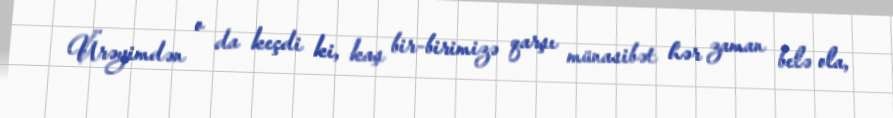
Ürəyimdən o da keçdi ki, kaş bir-birimizə qarşı münasibət hər zaman belə ola,